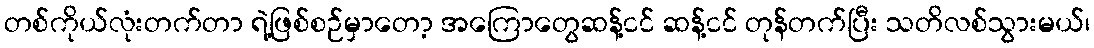
တစ်ကိုယ်လုံးတက်တာ ရဲ့ဖြစ်စဉ်မှာတော့ အကြောတွေဆန့်ငင် ဆန့်ငင် တုန်တက်ပြီး သတိလစ်သွားမယ်၊